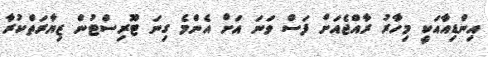
އިންޑިއާއަކީ މިހާރު ރާއްޖެއަށް ފަސް ވަނަ އަށް އެންމެ ގިނަ ޓޫރިސްޓުން ޒިޔާރަތްކުރާ